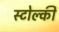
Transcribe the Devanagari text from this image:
स्टोल्की